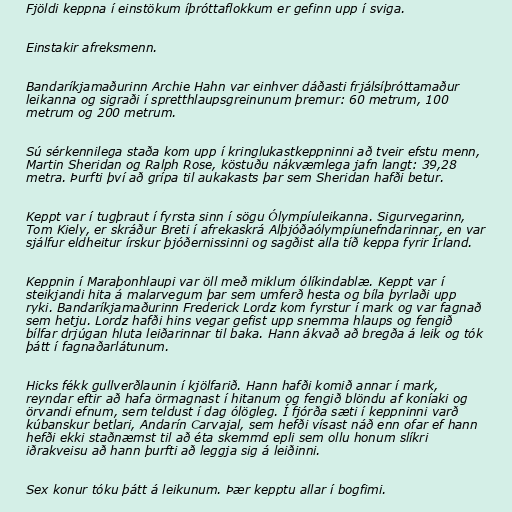
Fjöldi keppna í einstökum íþróttaflokkum er gefinn upp í sviga.

Einstakir afreksmenn.

Bandaríkjamaðurinn Archie Hahn var einhver dáðasti frjálsíþróttamaður
leikanna og sigraði í spretthlaupsgreinunum þremur: 60 metrum, 100
metrum og 200 metrum.

Sú sérkennilega staða kom upp í kringlukastkeppninni að tveir efstu menn,
Martin Sheridan og Ralph Rose, köstuðu nákvæmlega jafn langt: 39,28
metra. Þurfti því að grípa til aukakasts þar sem Sheridan hafði betur.

Keppt var í tugþraut í fyrsta sinn í sögu Ólympíuleikanna. Sigurvegarinn,
Tom Kiely, er skráður Breti í afrekaskrá Alþjóðaólympíunefndarinnar, en var
sjálfur eldheitur írskur þjóðernissinni og sagðist alla tíð keppa fyrir Írland.

Keppnin í Maraþonhlaupi var öll með miklum ólíkindablæ. Keppt var í
steikjandi hita á malarvegum þar sem umferð hesta og bíla þyrlaði upp
ryki. Bandaríkjamaðurinn Frederick Lordz kom fyrstur í mark og var fagnað
sem hetju. Lordz hafði hins vegar gefist upp snemma hlaups og fengið
bílfar drjúgan hluta leiðarinnar til baka. Hann ákvað að bregða á leik og tók
þátt í fagnaðarlátunum.

Hicks fékk gullverðlaunin í kjölfarið. Hann hafði komið annar í mark,
reyndar eftir að hafa örmagnast í hitanum og fengið blöndu af koníaki og
örvandi efnum, sem teldust í dag ólögleg. Í fjórða sæti í keppninni varð
kúbanskur betlari, Andarín Carvajal, sem hefði vísast náð enn ofar ef hann
hefði ekki staðnæmst til að éta skemmd epli sem ollu honum slíkri
iðrakveisu að hann þurfti að leggja sig á leiðinni.

Sex konur tóku þátt á leikunum. Þær kepptu allar í bogfimi.